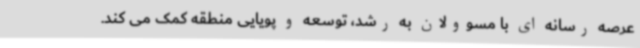
عرصه رسانه ای با مسوولان به رشد، توسعه و پویایی منطقه کمک می کند.